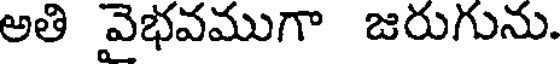
అతి వైభవముగా జరుగును.